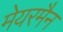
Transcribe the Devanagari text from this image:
मेयरमैन